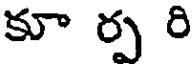
కూ ర్ప రి